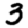
Digit: 3